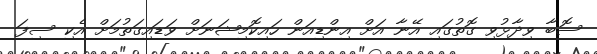
ސޮބާ ވިދާޅުވި ގޮތުގައި އޭނާ އަށް އިންޑިއަން ހައިކޮމިޝަނަށް ވަޑައިގަތުމަށް އެކި ސިފަ